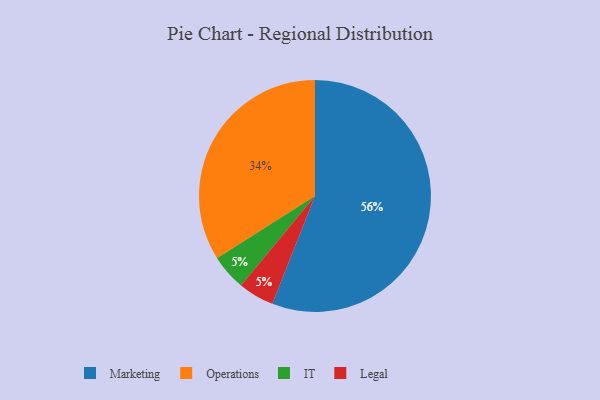
{"axis": {"x": "Category", "y": "Percentage"}, "legend": ["IT", "Legal", "Marketing", "Operations"], "data": [{"x": "Operations", "y": 34, "type": "Operations"}, {"x": "IT", "y": 5, "type": "IT"}, {"x": "Marketing", "y": 56, "type": "Marketing"}, {"x": "Legal", "y": 5, "type": "Legal"}]}